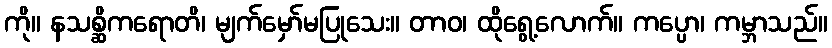
ကို။ နသစ္ဆိကရောတိ၊ မျက်မှော်မပြုသေး။ တာဝ၊ ထိုရွေ့လောက်။ ကပ္ပော၊ ကမ္ဘာသည်။